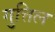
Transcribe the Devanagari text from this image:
गुत्तिल